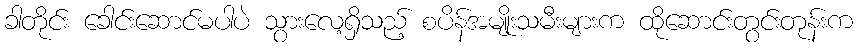
ခါတိုင်း ခေါင်းဆောင်မပါပဲ သွားလေ့ရှိသည့် စပိန်အမျိုးသမီးများက ထိုဆောင်းတွင်းတုန်းက